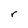
Character: r